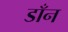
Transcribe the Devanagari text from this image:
डाँन